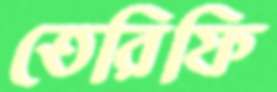
তেরিফি